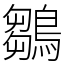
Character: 鶵